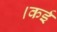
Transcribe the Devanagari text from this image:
।कई